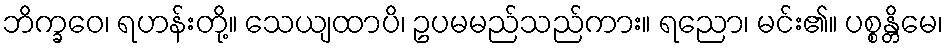
ဘိက္ခဝေ၊ ရဟန်းတို့။ သေယျထာပိ၊ ဥပမမည်သည်ကား။ ရညော၊ မင်း၏။ ပစ္စန္တိမေ၊